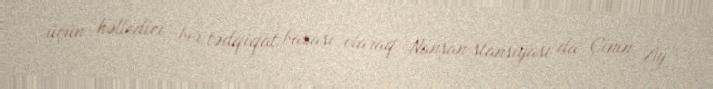
üçün həlledici bir tədqiqat bazası olaraq Nanşan stansiyası da Çinin Ay